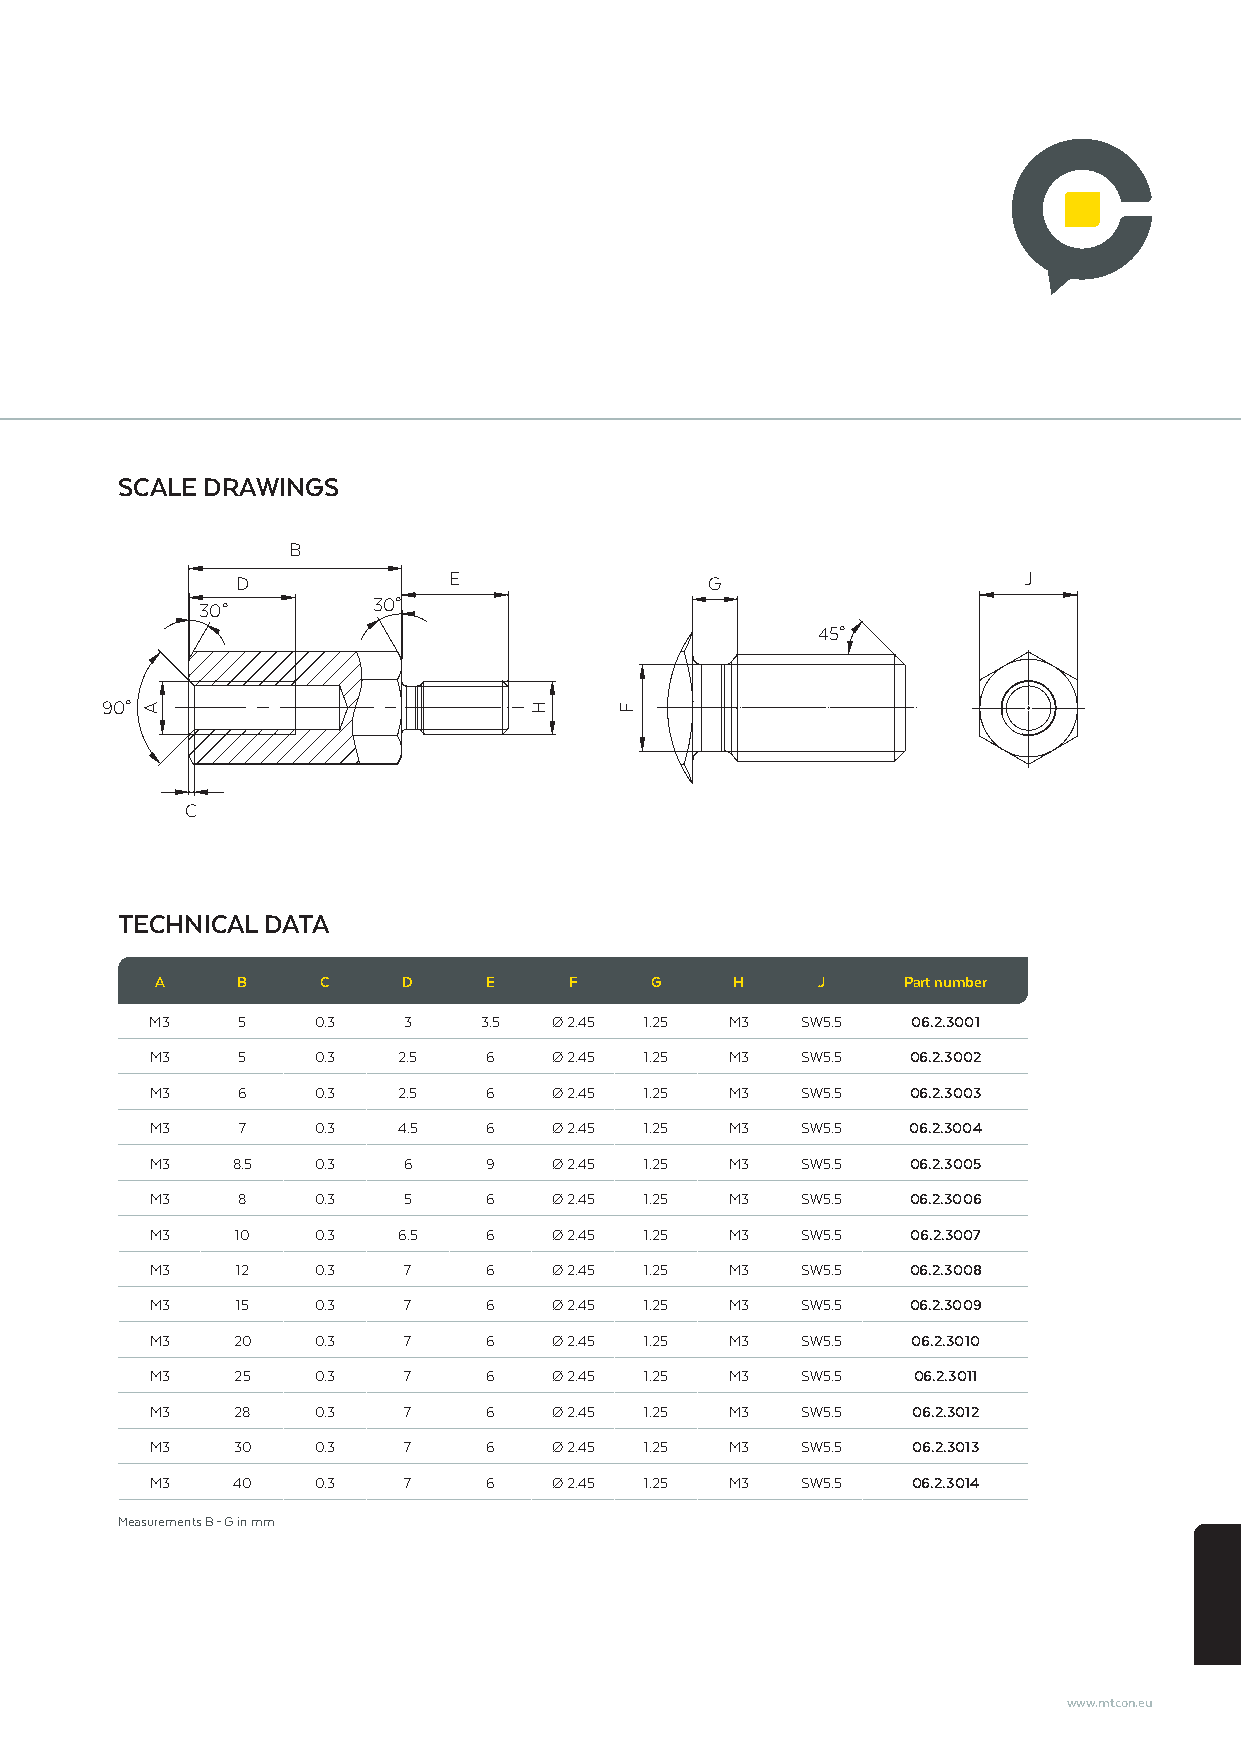
SCALE DRAWINGS
 B
 D             E                G                    J
 30°         30°
 45°
 90°
 C
 TECHNICAL DATA
 A     B    C     D    E     F    G     H    J     Part number
 M3    5    0.3   3    3.5 Ø 2.45 1.25 M3   SW5.5  06.2.3001
 M3    5    0.3  2.5   6   Ø 2.45 1.25 M3   SW5.5  06.2.3002
 M3    6    0.3  2.5   6   Ø 2.45 1.25 M3   SW5.5  06.2.3003
 M3    7    0.3  4.5   6    Ø 2.45 1.25 M3  SW5.5  06.2.3004
 M3   8.5   0.3   6    9    Ø 2.45 1.25 M3  SW5.5  06.2.3005
 M3    8    0.3   5    6    Ø 2.45 1.25 M3  SW5.5  06.2.3006
 M3    10   0.3  6.5   6    Ø 2.45 1.25 M3  SW5.5  06.2.3007
 M3    12   0.3   7    6    Ø 2.45 1.25 M3  SW5.5  06.2.3008
 M3    15   0.3   7    6    Ø 2.45 1.25 M3  SW5.5  06.2.3009
 M3   20    0.3   7    6    Ø 2.45 1.25 M3  SW5.5  06.2.3010
 M3    25   0.3   7    6    Ø 2.45 1.25 M3  SW5.5  06.2.3011
 M3   28    0.3   7    6    Ø 2.45 1.25 M3  SW5.5  06.2.3012
 M3   30    0.3   7    6    Ø 2.45 1.25 M3  SW5.5  06.2.3013
 M3   40    0.3   7    6    Ø 2.45 1.25 M3  SW5.5  06.2.3014
 Measurements B – G in mm
 www.mtcon.eu
 A                         H     F